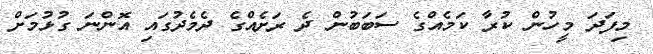
މިފަދަ މީހުން ކުރާ ކަމެއްގެ ސަބަބުން ދެ ރަށެއްގެ ދެމެދުގައި އޮންނަ ގުޅުމަށް